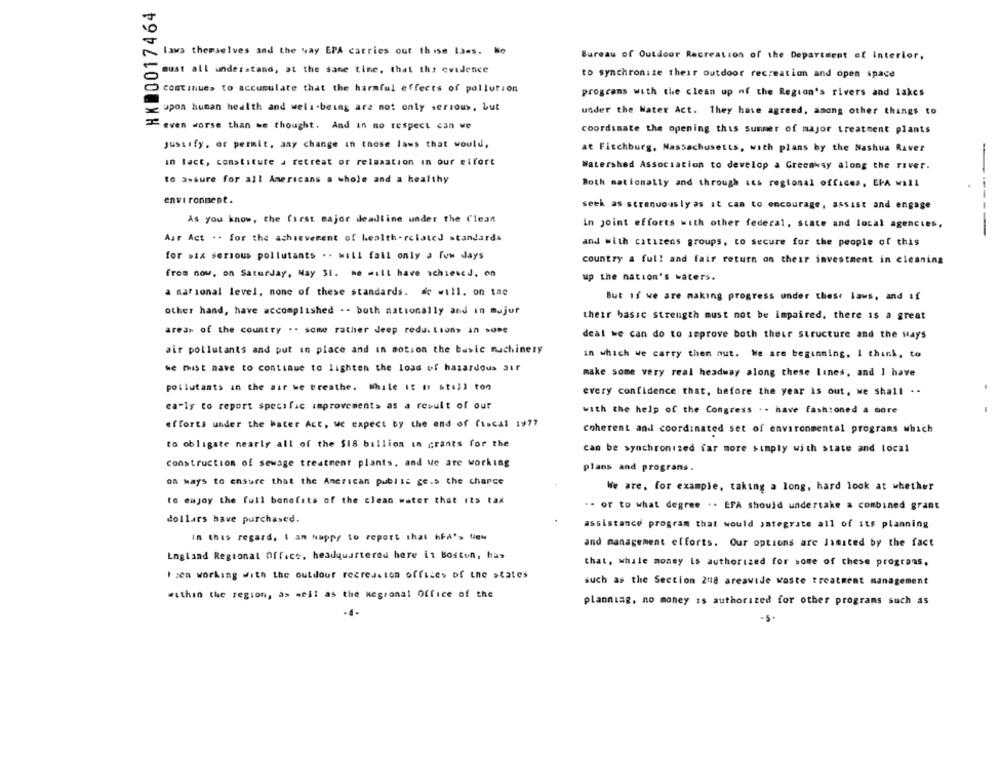
HKD0017464
laws themselves and the way EPA carries out thise la=s. Ne
Bureau of Outdoor Recreation of the Department of interior.
must all understand, at the same time, that the evidence
to synchronize their outdoor recreation and open space
continues to accumulate that the harmful effects of pollution
programs with the clean up of the Region's rivers and lakes
upon human health and well-being are not only serious, but
under the Water Act. They have agreed, among other things to
even worse than we thought. And in no respect can we
coordinate the opening this summer of major treatment plants
Justify. or permit. any change in those laws that would,
at Fitchburg, Massachusetts, with plans by the Nashua Raver
in fact, constitute a retreat or relaxation in our elfort
Watershed Association to develop a Greenwsy along the river.
to assure for all Americans a whole and a healthy
Both nationally and through its regional offices, EPA will
environment.
seek as strenuously as it can to encourage, assist and engage
As you know, the first major deadline under the Clean
in joint efforts with other federal, state and local agencies,
Air Act .. for the achievement of health-related standards
and with citizens groups, to secure for the people of this
for six serious pollutants .. will fall only a few days
country a full and fair return on their investment in cleaning
from now, on Saturday, May 31. he will have schiescd, on
up the nation's waters.
a marional level, none of these standards. de will. on tne
But if we are making progress under these laws, and if
other hand, have accomplished -- both nationally and in mujur
their basic strength must not be impaired, there is a great
areas of the country .. some rather deep redu. tions in some
deal we can do to improve both their structure and the ways
air pollutants and put in place and in motion the basic machinery
in which we carry then nut. We are beginning, I think, to
we must have to continue to lighten the load of hazardous air
make some very real headway along these lines, and I have
pollutants an the air we breathe. While It It still too
every confidence that, before the year is out, we shall --
early to report specific improvements as a result of our
with the help of the Congress .. have fashioned a more
efforts under the water Act, we expect by the end of fiscal 19 ??
coherent and coordinated set of environmental programs which
to obligate nearly all of the $18 billion in grants for the
can be synchronized far more simply with state and local
construction of sewage treatment plants, and we are working
plans and programs.
oa ways to ensure that the American public ge.> the chance
We are, for example, taking a long, hard look at whether
to enjoy the full benefits of the clean water that its tax
.- or to what degree .. EFA should undertake a combined grant
dollars have purchased.
assistance program that would integrate all of its planning
In this regard, I am happy to report that hba'> Niew
and management efforts. Our options are limited by the fact
England Regional Office, headquartered here in Boston, has
that, while money is authorized for some of these programs.
Izen working with the outdoor recredston offices of the states
such as the Section 2018 areawide waste treatment management
within the region, as well as the kegronal Office of the
planning, no money is authorized for other programs such as
.4.